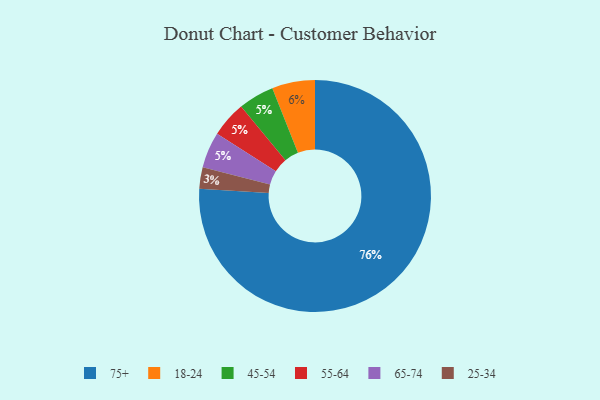
{"axis": {"x": "Category", "y": "Percentage"}, "legend": ["18-24", "25-34", "45-54", "55-64", "65-74", "75+"], "data": [{"x": "45-54", "y": 5, "type": "45-54"}, {"x": "25-34", "y": 3, "type": "25-34"}, {"x": "55-64", "y": 5, "type": "55-64"}, {"x": "75+", "y": 76, "type": "75+"}, {"x": "18-24", "y": 6, "type": "18-24"}, {"x": "65-74", "y": 5, "type": "65-74"}]}